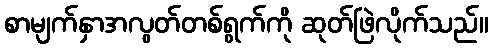
စာမျက်နှာအလွတ်တစ်ရွက်ကို ဆုတ်ဖြဲလိုက်သည်။